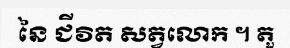
នៃ ជីវិត សត្វលោក ។ តួ